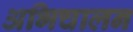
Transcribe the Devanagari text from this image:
अभिचालन